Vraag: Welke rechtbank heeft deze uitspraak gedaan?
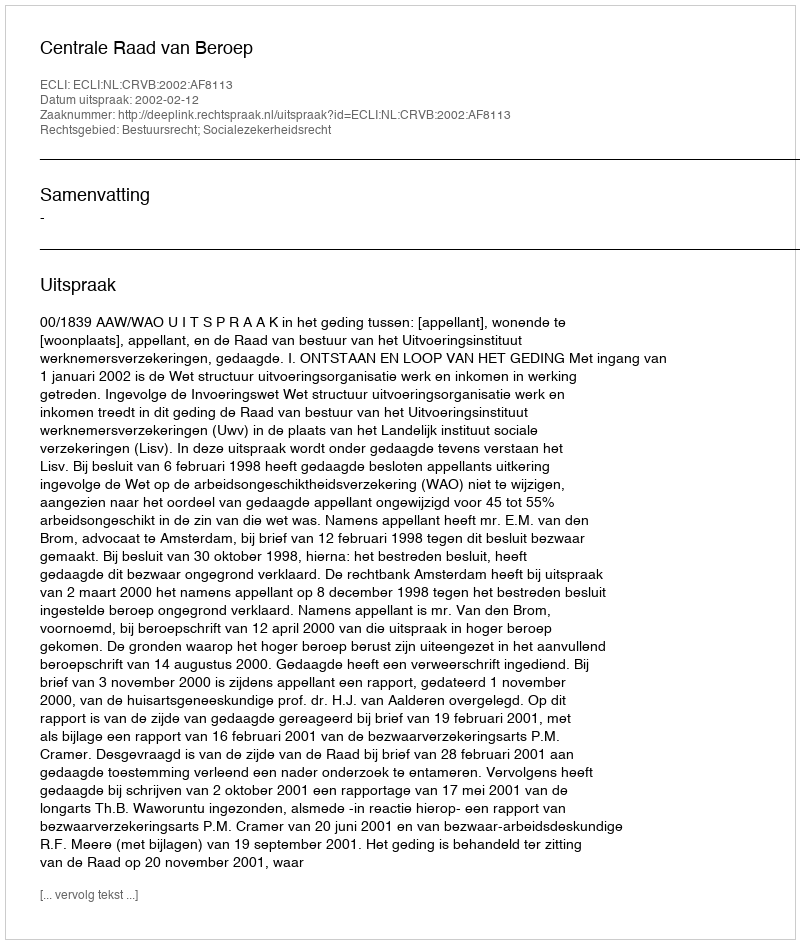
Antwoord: Centrale Raad van Beroep